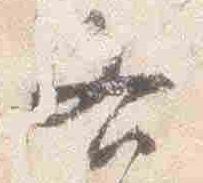
各